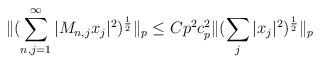
LaTeX: \begin{align*}\|(\sum_{n,j=1}^\infty|M_{n,j}x_j|^2)^\frac12\|_{p}\leq C{p^2c_p^2} \|(\sum_j|x_j|^2)^\frac12\|_{p}\end{align*}